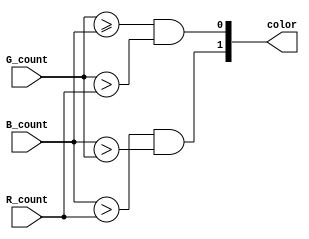
`timescale 1ns/10ps
module count_compare(color,R_count,G_count,B_count);

input[14:0] R_count,G_count,B_count;

output[1:0] color;

//wire R=((R_count>=G_count)&&(R_count>=B_count));
wire G=((G_count>=B_count)&&(G_count>R_count));
wire B=((B_count>R_count)&&(B_count>G_count));

assign color[1]=B;
assign color[0]=G;

endmodule